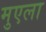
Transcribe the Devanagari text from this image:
मुएला